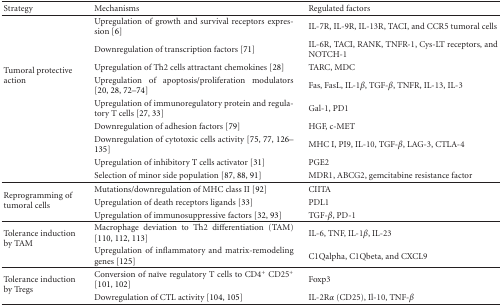
<table><thead><tr><td><b>Strategy</b></td><td><b>Mechanisms</b></td><td><b>Regulated factors</b></td></tr></thead><tbody><tr><td rowspan="9">Tumoral protective action</td><td>Upregulation of growth and survival receptors expression [6]</td><td>IL-7R, IL-9R, IL-13R, TACI, and CCR5 tumoral cells</td></tr><tr><td>Downregulation of transcription factors [71]</td><td>IL-6R, TACI, RANK, TNFR-1, Cys-LT receptors, and NOTCH-1</td></tr><tr><td>Upregulation of Th2 cells attractant chemokines [28]</td><td>TARC, MDC</td></tr><tr><td>Upregulation of apoptosis/proliferation modulators [20, 28, 72–74]</td><td>Fas, FasL, IL-1<i>β</i>, TGF-<i>β</i>, TNFR, IL-13, IL-3</td></tr><tr><td>Upregulation of immunoregulatory protein and regulatory T cells [27, 33]</td><td>Gal-1, PD1</td></tr><tr><td>Downregulation of adhesion factors [79]</td><td>HGF, c-MET</td></tr><tr><td>Downregulation of cytotoxic cells activity [75, 77, 126–135]</td><td>MHC I, PI9, IL-10, TGF-<i>β</i>, LAG-3, CTLA-4</td></tr><tr><td>Upregulation of inhibitory T cells activator [31]</td><td>PGE2</td></tr><tr><td>Selection of minor side population [87, 88, 91]</td><td>MDR1, ABCG2, gemcitabine resistance factor</td></tr><tr><td rowspan="3">Reprogramming of tumoral cells</td><td>Mutations/downregulation of MHC class II [92]</td><td>CIITA</td></tr><tr><td>Upregulation of death receptors ligands [33]</td><td>PDL1</td></tr><tr><td>Upregulation of immunosuppressive factors [32, 93]</td><td>TGF-<i>β</i>, PD-1</td></tr><tr><td rowspan="2">Tolerance induction by TAM</td><td>Macrophage deviation to Th2 differentiation (TAM) [110, 112, 113]</td><td>IL-6, TNF, IL-1<i>β</i>, IL-23</td></tr><tr><td>Upregulation of inflammatory and matrix-remodeling genes [125]</td><td>C1Qalpha, C1Qbeta, and CXCL9</td></tr><tr><td rowspan="2">Tolerance induction by Tregs</td><td>Conversion of naïve regulatory T cells to CD4<sup>+</sup> CD25<sup>+</sup> [101, 102]</td><td>Foxp3</td></tr><tr><td>Dowregulation of CTL activity [104, 105]</td><td>IL-2R<i>α</i> (CD25), Il-10, TNF-<i>β</i></td></tr></tbody></table>